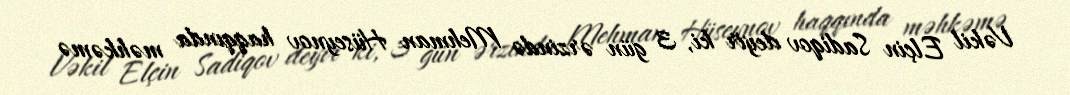
Vəkil Elçin Sadiqov deyir ki, 3 gün ərzində Mehman Hüseynov haqqında məhkəmə